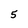
Character: 5